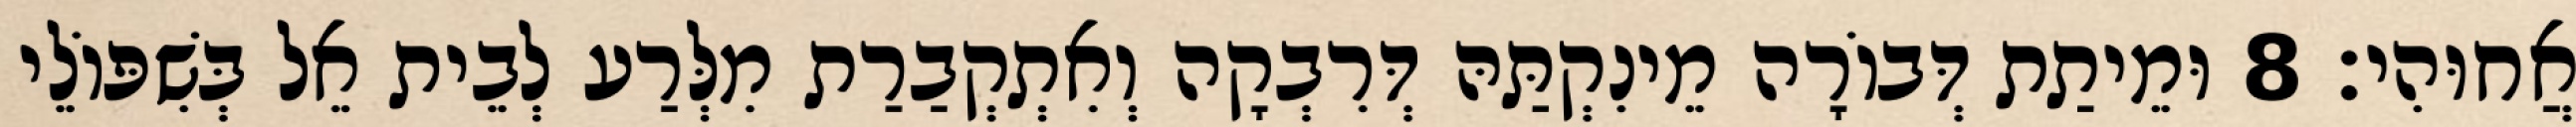
אֲחוּהִי׃ 8 וּמֵיתַת דְּבוֹרָה מֵינִקְתַּהּ דְּרִבְקָה וְאִתְקְבַרַת מִלְּרַע לְבֵית אֵל בְּשִׁפּוֹלֵי